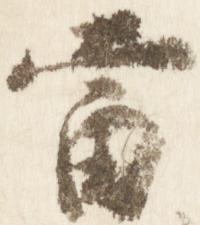
当